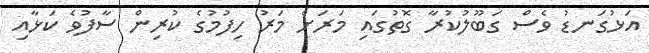
އަޅުގަނޑު ވެސް ގަބޫލުކުރާ ގޮތުގައި މަރަށް މަރު ހިފުމުގެ ކުރިން ސާފުވެ ކަޅާއި